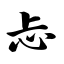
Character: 忐